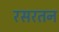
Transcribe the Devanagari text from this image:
रसरतन